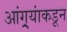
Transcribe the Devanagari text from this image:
आंग्र्‌यांकडून